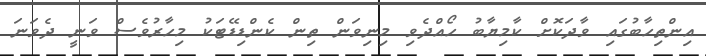
އިންތިހާބުގައި ވާދަކޮށް ކާމިޔާބު ހޯއްދެވި މިނިވަން ތިން ކެންޑިޑޭޓަކު މިހާރުވެސް ވަނީ ދެވަނަ